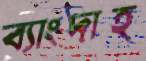
ব্যাংদাহ